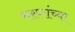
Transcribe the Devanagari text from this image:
भरणांच्या